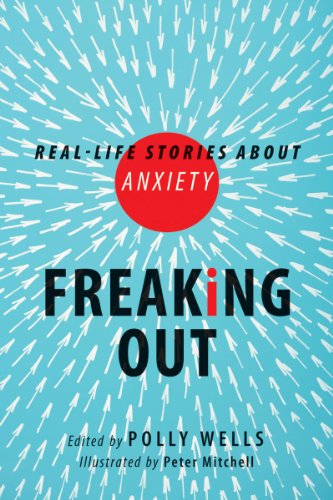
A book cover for Freaking Out: Real-life Stories About Anxiety; Polly Wells; Teen & Young Adult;